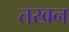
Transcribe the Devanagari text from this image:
तखन